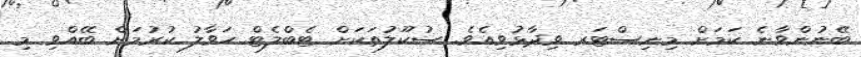
ބޭނުންވާނެ ކަމަށް މިނިސްޓަރ ވިދާޅުވިއެވެ. ސުކޫލުތަކަށް ޓެބްލެޓް ހަވާލު ކުރުމަށް ބޭއްވި މި